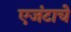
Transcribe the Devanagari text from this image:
एजंटाचे